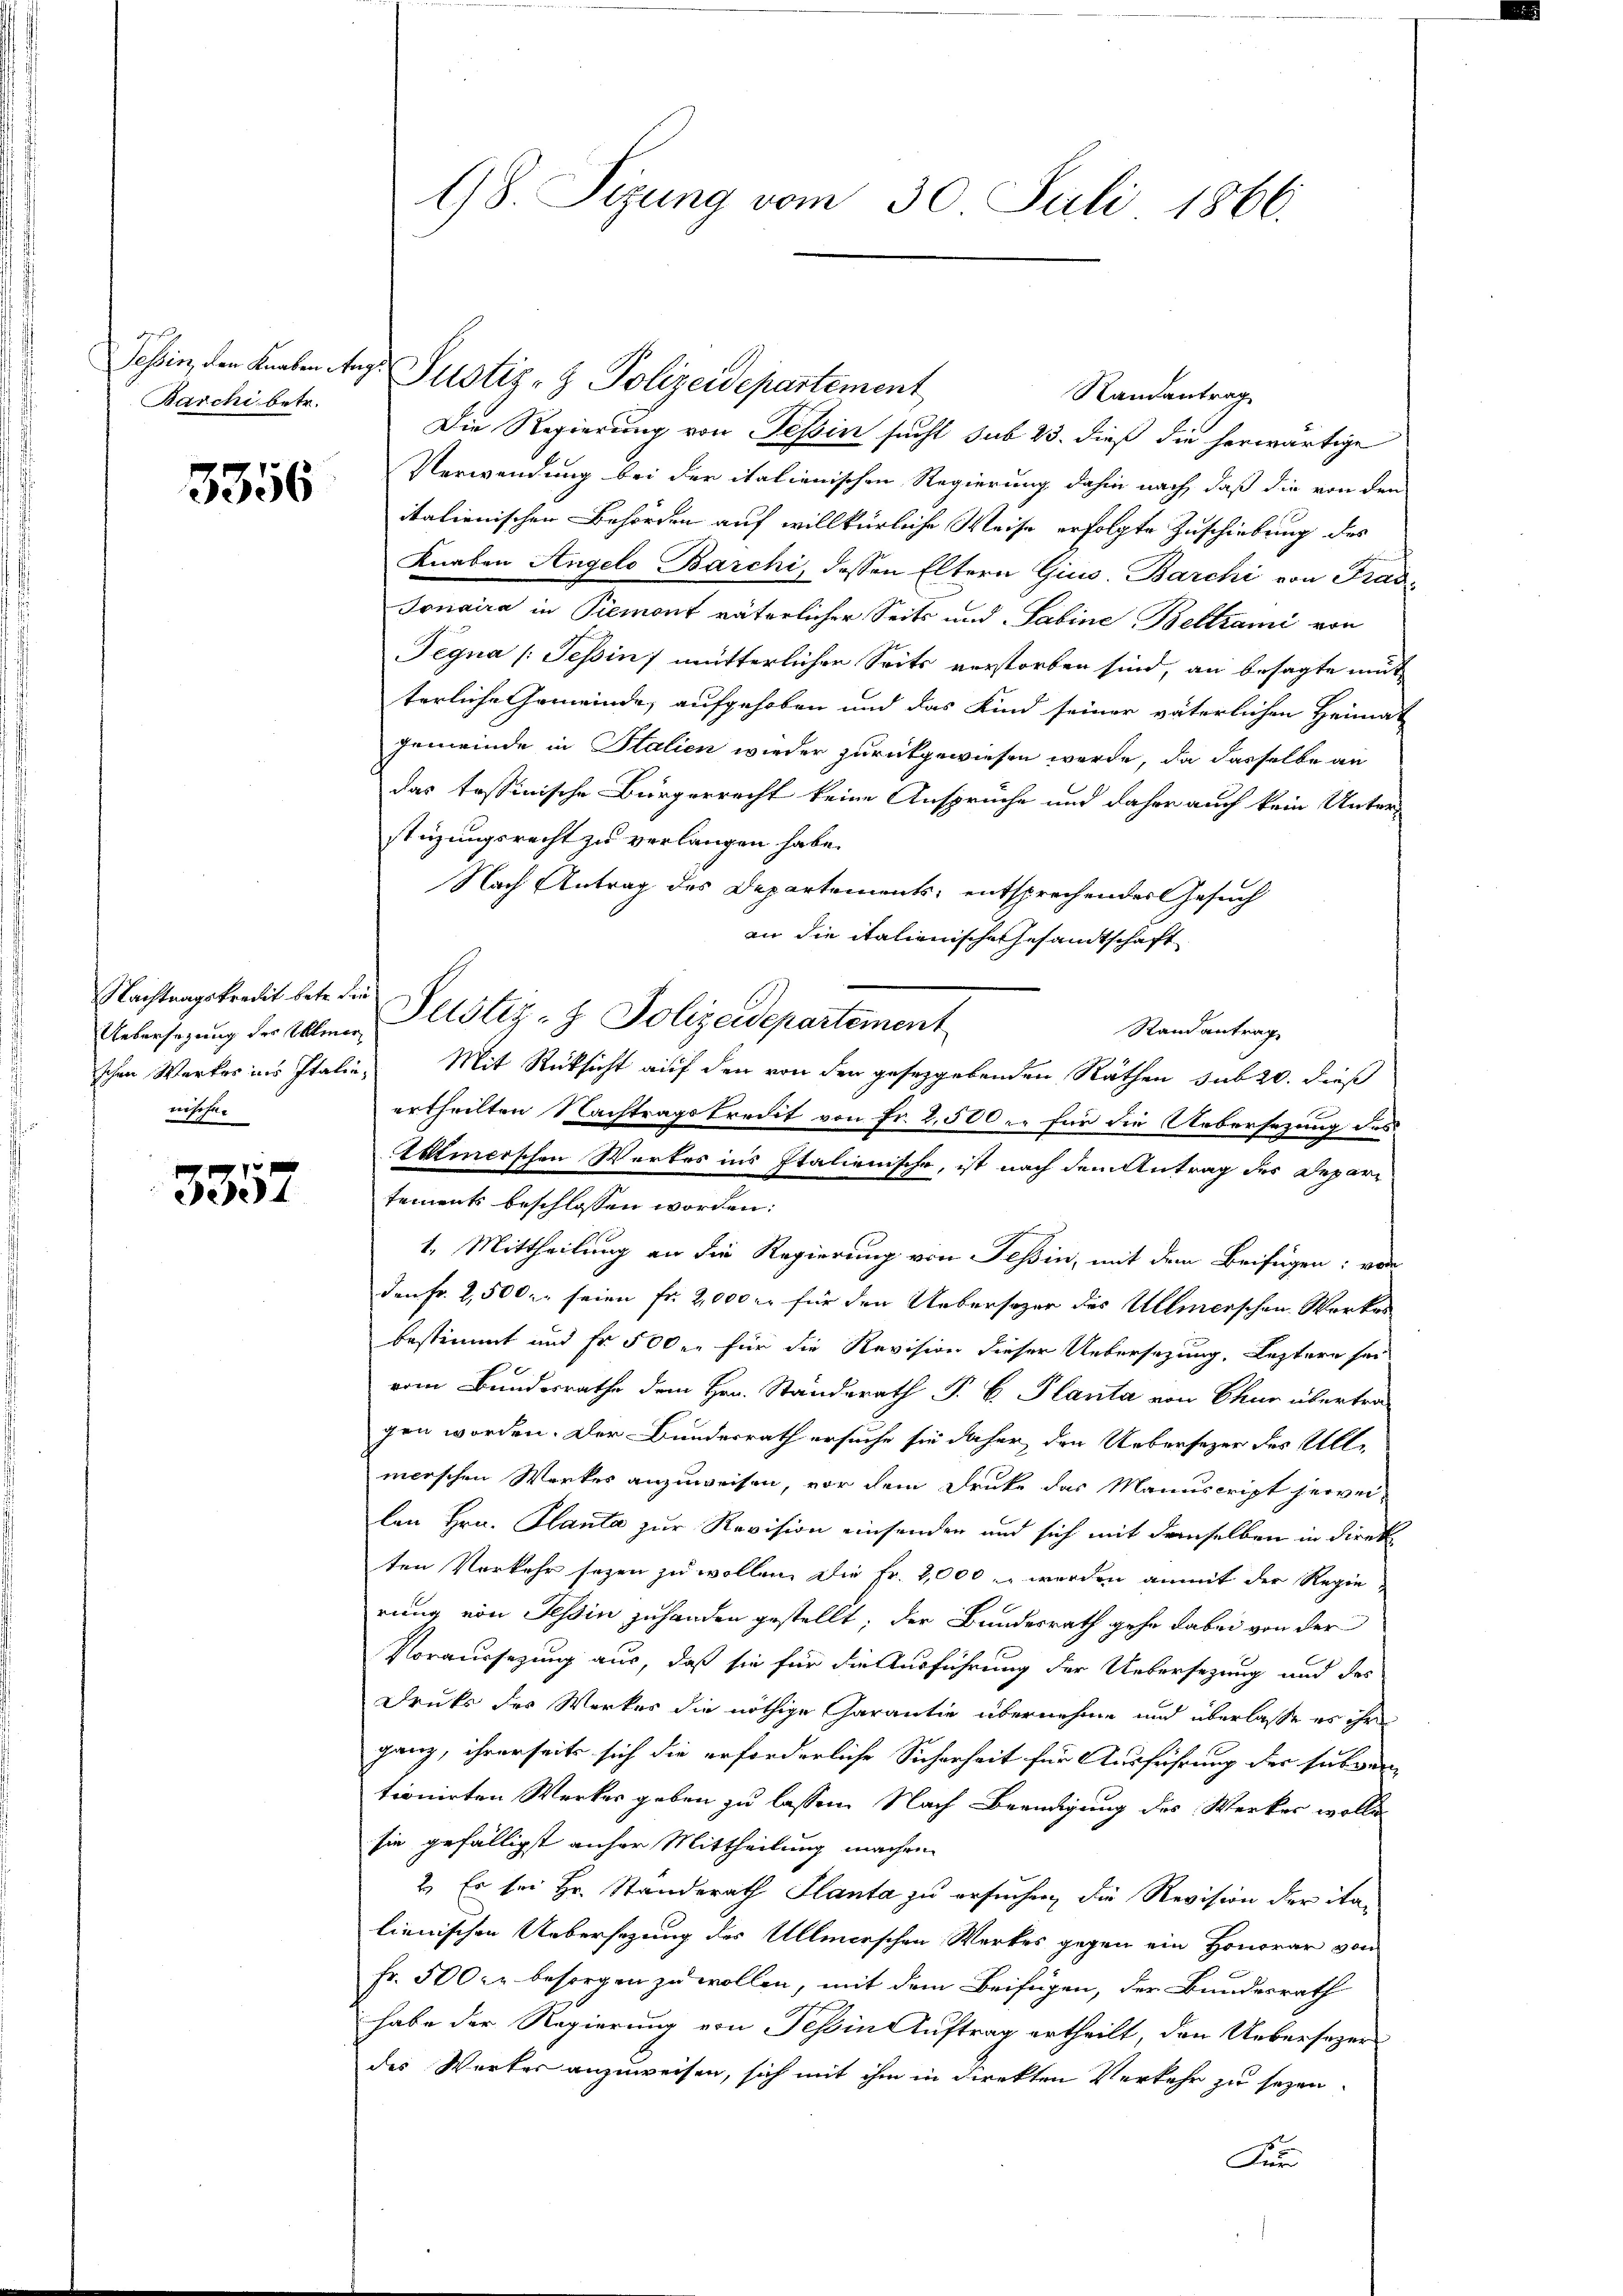
des
Barchi betr.

5356

Nachtragskredit betr. die
nischen

3357

Tessin, den Knaben Aug. Justiz- & Polizeidepartement
Randantrag
Die Regierung von Tessin sucht sub 23. dieß die herwärtige
Verwendung bei der italienischen Regierung dahin nach, daß die von den
italienischen Behörden auf willkürliche Weise erfolgte Zuschiebung des
Knaben Angelo Barchi, dessen Eltern Gius. Barchi von Prad¬
Jonaira in Piemont väterlicher Seits und Sabine Beltsami von
Tegna (Tessin mütterlicher Seits verstorben sind, an besagte mit
terliche Gemeinde, aufgehoben und das Kind seiner väterlichen Heimat
Gemwinde in Italien wieder zurückgewiesen werde, da dasselbe an
das tessinische Bürgerrecht keine Ansprüche und daher auch kein Unter-
stüzungsrecht zu verlangen habe.
Nach Antrag des Departements, entsprechender Gesuch
an die italienische Gesandtschaft
Uebersezung der Ablen Altstiz- & Polizeidepartement
Randantrag
schen Werkes ins Italie, Mit Rücksicht auf den von der gesetzgebenden Räthen sub 20. dieß
ertheilten Nachtragskredit von Fr. 2,500. für die Uebersezung des
Ettinerschen Wortes ins Italienische, ist nach dem Antrag des Depar-
tements beschlossen worden:
1. Mittheilung an die Regierung von Teßin, mit dem Beifügen: von
den Fr. 2,500. seien fr. 2000 er für den Uebersozer des Ullmerschen Werkes
bestimmt und fr 500 er für die Revision dieser Uebersezung. Leztere sei
vom Bundesrathe dem Hrn. Standerath P. C. Planta von Chur übertragen worden. Der Bunderrath ersuche sie daher den Uebersezer des Ullmerschen Werkes anzuweisen, vor dem Druke das Manuscript jewei-
len Hrn. Planta zur Revision einsenden und sich mit demselben in direkten Vorkehr sezen zu wollen. Die Fr. 2,000. werden anmit der Regierung von Tessin zuhanden gestellt; der Bundesrath gehe dabei von der
Voraussetzung aus, daß sie für die Ausführung der Uebersezung und des
Drucks des Werkes die nöthige Garantie übernehme und überlasse es ihr
gang, ihrerseits sich die erforderliche Sicherheit für Ausführung der subven
tionirten Werker geben zu lassen. Nach Beendigung des Werker wolle
sie gefälligst anfer Mittheilung machen.
2. Es sei Hr. Standerath Planta zu ersuchen, die Revision der italienischen Uebersezung des Ullmerschen Werkes gegen ein Honorar von
Fr. 500 Fr. besorgen zu wollen, mit dem Beifügen, der Bundesrath
habe der Regierung von Tessin Auftrag ertheilt, den Uebersezers
des Werker anzuweisen, sich mit ihm in direkten Verkehr zu sezen.
Für

18. Sizung vom 30. Juli 1866.